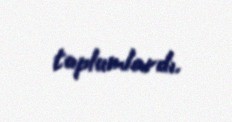
toplumlardı.